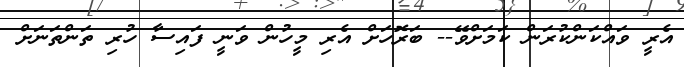
އެރީ ވައްކަންކުރަން ކަމަށްވޭ-- ބަރޮހަށް އެރި މީހުން ވަނީ ފައިސާ ހުރި ތަންތަނަށް